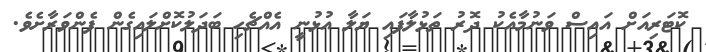
ކޮޓަރިއަށް އައިސް ވަނުމާއެކު ދޮރު ތަޅުލާފައި ޔަލާ އުޅުނީ އެއްޗެހި ބަދަލުކޮށްލައިގެން ފެންވަރާށެވެ.